Civil Veterinary Department. Madras. Admin. report 1926-33 - 1926-1933
Year: 1926
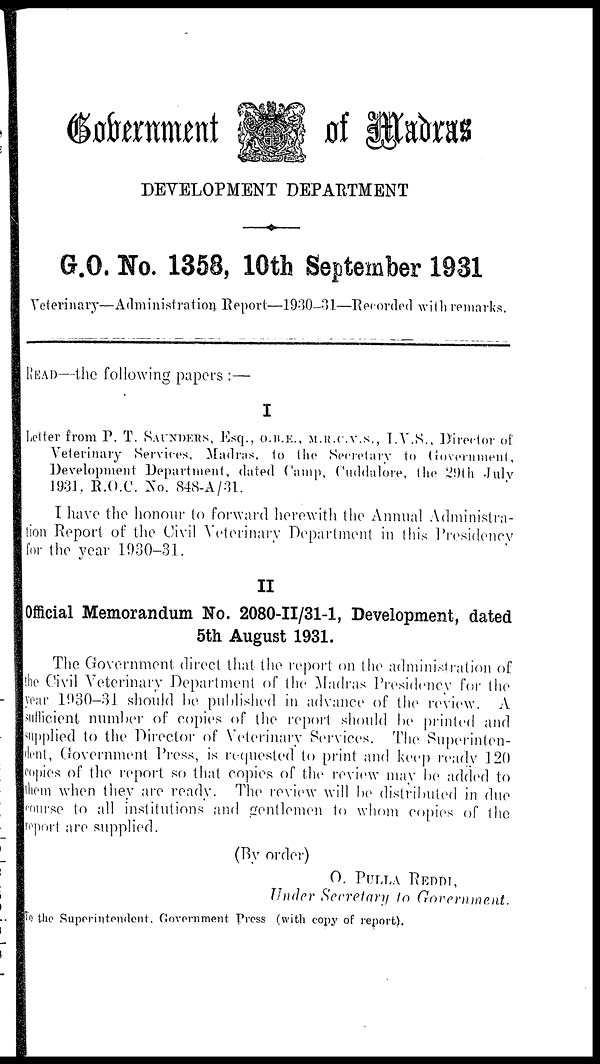
Goverment
of Madras
DEVELOPMENT DEPARTMENT
G.O. No. 1358, 10th September 1931
Veterinary—Administration Report—1930-01—Recorded with remarks.
READ—the following papers :—
I
Letter from P. T. SAUNDERS, Esq., O.B.E., M.R.C.V.S., I.V.S., Director of
Veterinary Services, Madras, to the Secretary to Government,
Development Department, dated Camp, Cuddalore, the 29th July
1931, R.O.C. No. 848-A/31.
I have the honour to forward herewith the Annual Administra-
tion Report of the Civil Veterinary Department in this Presidency
for the year 1930-31.
II
Official Memorandum No. 2080-II/31-1, Development, dated
5th August 1931.
The Government direct that the report on the administration of
the Civil Veterinary Department of the Madras Presidency for the
year 1930-31 should he published in advance of the review. A
sufficient number of copies of the report should be printed and
supplied to the Director of Veterinary Services. The Superinten-
dent, Government Press, is requested to print and keep ready 120
copies of the report so that copies of the review may be added to
them when they are ready. The review will be distributed in due
course to all institutions and gentlemen to whom copies of the
report are supplied.
(By order)
O. PULLA REDDI,
Under Secretary to Government.
To the Superintendent, Government Press (with copy of report).